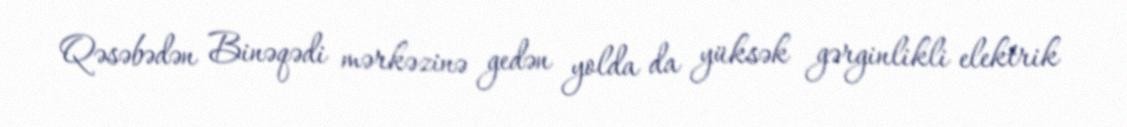
Qəsəbədən Binəqədi mərkəzinə gedən yolda da yüksək gərginlikli elektrik